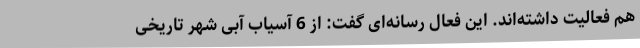
هم فعالیت داشته‌اند. این فعال رسانه‌ای گفت: از 6 آسیاب آبی شهر تاریخی